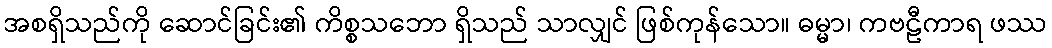
အစရှိသည်ကို ဆောင်ခြင်း၏ ကိစ္စသဘော ရှိသည် သာလျှင် ဖြစ်ကုန်သော။ ဓမ္မာ၊ ကဗဠီကာရ ဖဿ